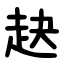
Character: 赽